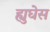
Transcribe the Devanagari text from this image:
ह्युघेस